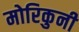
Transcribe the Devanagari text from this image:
मोरिकुनी